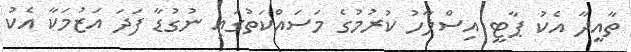
ތާއީދާ އެކު ޕާޓީ އިސްލާހު ކުރުމުގެ މަސައްކަތުގައި ނުގުޑާ ފަދަ އަޒުމަކާ އެކު